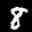
Label: 8